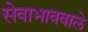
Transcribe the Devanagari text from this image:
सेवाभाववाले